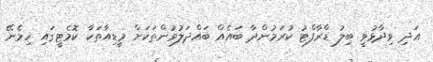
އަދި ވިދާޅުވީ ބިލު ޑްރާފްޓު ކުރަމުންދާ ބައެއް ބައްދަލުވުންތަކަށް މީޑިއާތަކާ ކޮމެޓީގައި ހިމެނޭ